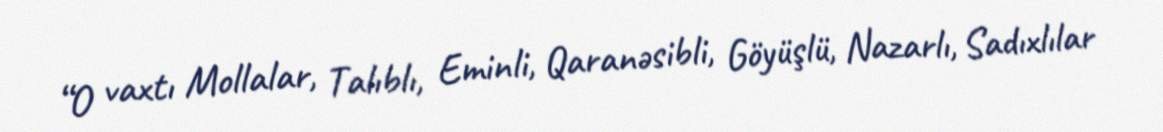
“O vaxtı Mollalar, Talıblı, Eminli, Qaranəsibli, Göyüşlü, Nazarlı, Sadıxlılar